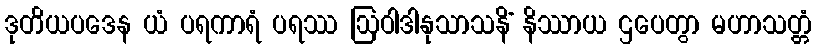
ဒုတိယပဒေန ယံ ပရကာရံ ပရဿ ဩဝါဒါနုသာသနိံ နိဿာယ ဌပေတွာ မဟာသတ္တံ